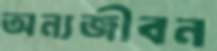
অন্যজীবন